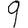
Digit: 9